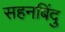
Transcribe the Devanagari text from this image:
सहनबिंदु